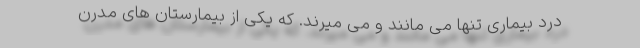
درد بیماری تنها می مانند و می میرند. که یکی از بیمارستان های مدرن